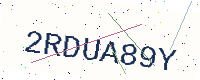
Text: 2RDUA89Y